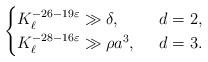
LaTeX: \begin{align*}\begin{cases}K_\ell^{-26-19 \varepsilon} \gg \delta, \; & \; d=2, \\K_{\ell}^{-28-16 \varepsilon} \gg \rho a^3, \; & \; d=3.\end{cases}\end{align*}